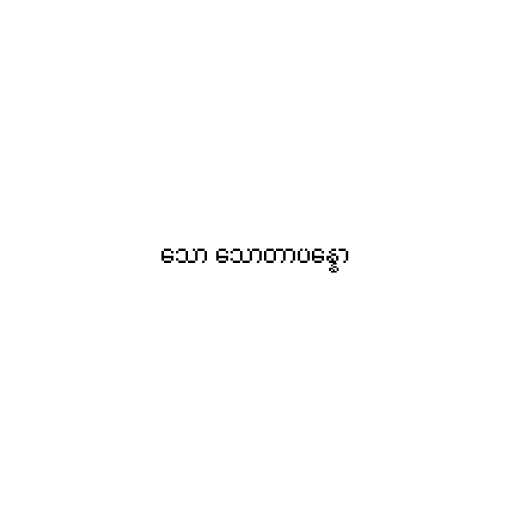
သော သောတာပန္နော